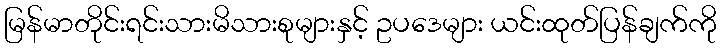
မြန်မာတိုင်းရင်းသားမိသားစုများနှင့် ဥပဒေများ ယင်းထုတ်ပြန်ချက်ကို